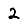
Digit: 2